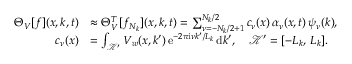
\begin{array} { r l } { \Theta _ { V } [ f ] ( x , k , t ) } & { \approx \Theta _ { V } ^ { T } [ f _ { N _ { k } } ] ( x , k , t ) = \sum _ { \nu = - N _ { k } / 2 + 1 } ^ { N _ { k } / 2 } c _ { \nu } ( x ) \, \alpha _ { \nu } ( x , t ) \, \psi _ { \nu } ( k ) , } \\ { c _ { \nu } ( x ) } & { = \int _ { \mathcal { K ^ { \prime } } } V _ { w } ( x , k ^ { \prime } ) \, \mathrm { e } ^ { - 2 \pi \mathrm { i } \nu k ^ { \prime } / L _ { k } } \, \mathrm { d } k ^ { \prime } , \quad \mathcal { K ^ { \prime } } = [ - L _ { k } , \, L _ { k } ] . } \end{array}